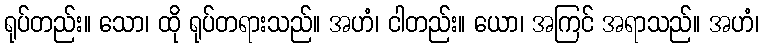
ရုပ်တည်း။ သော၊ ထို ရုပ်တရားသည်။ အဟံ၊ ငါတည်း။ ယော၊ အကြင် အရာသည်။ အဟံ၊